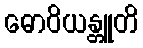
ဓောဝိယန္တူတိ